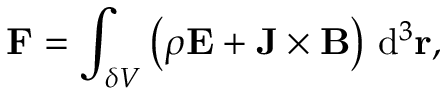
\mathbf F = \int _ { \delta V } \left( \rho \mathbf E + \mathbf J \times \mathbf B \right) \, \mathrm { d } ^ { 3 } \mathbf r ,